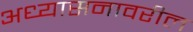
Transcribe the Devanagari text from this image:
अध्यासनावरील